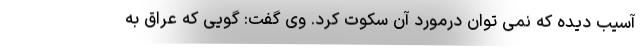
آسیب دیده که نمی توان درمورد آن سکوت کرد. وی گفت: گویی که عراق به